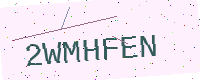
Text: 2WMHFEN